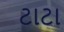
ટાટા